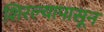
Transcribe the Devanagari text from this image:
शिरल्यापासून